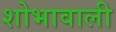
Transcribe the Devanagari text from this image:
शोभावाली